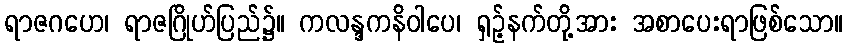
ရာဇဂဟေ၊ ရာဇဂြိုဟ်ပြည်၌။ ကလန္ဒကနိဝါပေ၊ ရှဉ့်နက်တို့အား အစာပေးရာဖြစ်သော။